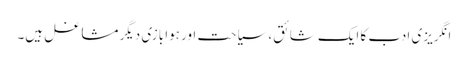
انگریزی ادب کا ایک شائق، سیاحت اور ہوا بازی دیگر مشاغل ہیں۔